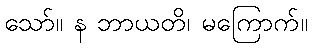
သော်။ န ဘာယတိ၊ မကြောက်။